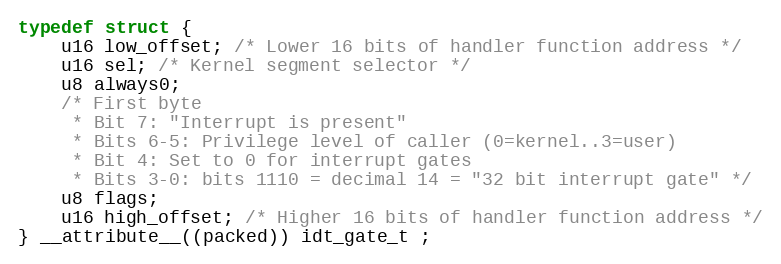
Language: C
typedef struct {
    u16 low_offset; /* Lower 16 bits of handler function address */
    u16 sel; /* Kernel segment selector */
    u8 always0;
    /* First byte
     * Bit 7: "Interrupt is present"
     * Bits 6-5: Privilege level of caller (0=kernel..3=user)
     * Bit 4: Set to 0 for interrupt gates
     * Bits 3-0: bits 1110 = decimal 14 = "32 bit interrupt gate" */
    u8 flags;
    u16 high_offset; /* Higher 16 bits of handler function address */
} __attribute__((packed)) idt_gate_t ;